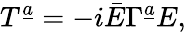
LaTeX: T^{\underline{{a}}}=-i\bar{E}\Gamma^{\underline{{a}}}E,